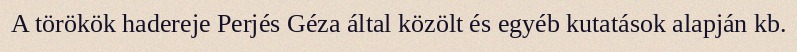
A törökök hadereje Perjés Géza által közölt és egyéb kutatások alapján kb.